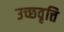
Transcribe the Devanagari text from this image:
उच्छवृत्ति